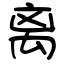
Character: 离